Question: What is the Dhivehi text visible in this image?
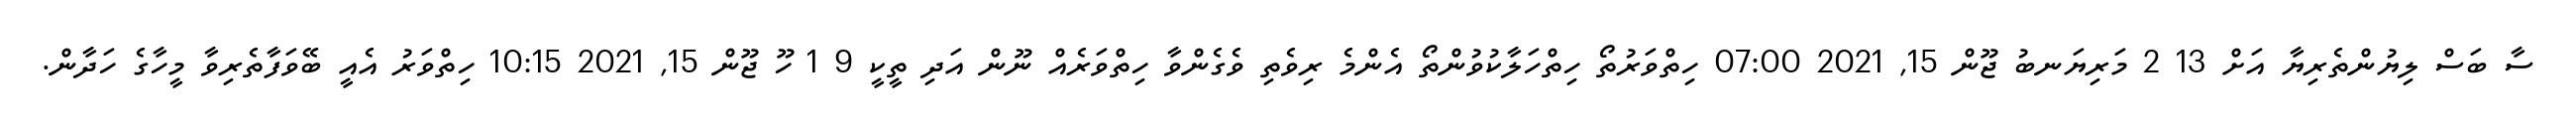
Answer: ސާ ބަސް ލިޔުންތެރިޔާ އަށް 13 2 މަރިޔަނބު ޖޫން 15, 2021 07:00 ހިތްވަރުތޯ ހިތްހަލާކުވުންތޯ އެންމެ ރިވެތި ވެގެންވާ ހިތްވަރެއް ނޫން އަދި ތީކީ 9 1 ހޫ ޖޫން 15, 2021 10:15 ހިތްވަރު އެއީ ބޭވަފާތެރިވާ މީހާގެ ހަދާން.